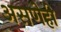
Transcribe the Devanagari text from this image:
असणेही